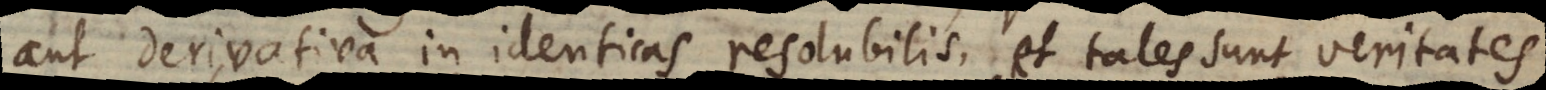
aut derivativa in identicas resolubilis, et tales sunt veritates